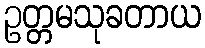
ဥတ္တမသုခတာယ